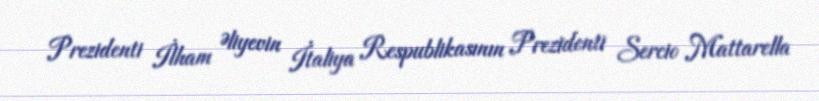
Prezidenti İlham Əliyevin İtaliya Respublikasının Prezidenti Sercio Mattarella